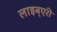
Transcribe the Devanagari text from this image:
लाइब्एरी